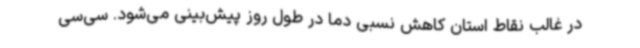
در غالب نقاط استان کاهش نسبی دما در طول روز پیش‌بینی می‌شود. سی‌سی